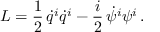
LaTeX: L = \frac { 1 } { 2 } \, \dot { q } ^ { i } \dot { q } ^ { i } - \frac { i } { 2 } \, \dot { \psi } ^ { i } \psi ^ { i } \, .